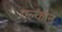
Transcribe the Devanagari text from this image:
एल्कान